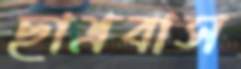
ছাত্রবাস